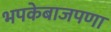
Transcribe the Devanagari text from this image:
भपकेबाजपणा